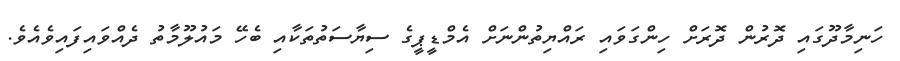
ހަނިމާދޫގައި ދޮރުން ދޮރަށް ހިންގަވައި ރައްޔިތުންނަށް އެމްޑީޕީގެ ސިޔާސަތުތަކާއި ބެހޭ މައުލޫމާތު ދެއްވައިފައިިވެއެވެ.